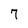
Character: 7